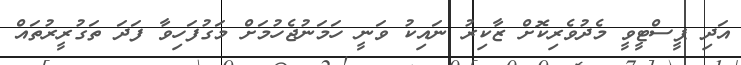
އަދި ޕީސްޓީވީ މެދުވެރިކޮށް ޒާކިރު ނައިކު ވަނީ ހަމަނުޖެހުމަށް މަގުފަހިވާ ފަދަ ތަގުރީރުތައް